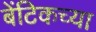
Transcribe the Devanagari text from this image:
बेंटिकच्या